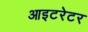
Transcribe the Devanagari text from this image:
आइटरेटर